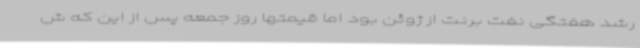
رشد هفتگی نفت برنت از ژوئن بود اما قیمتها روز جمعه پس از این که ش